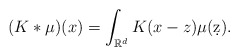
\begin{align*}(K*\mu)(x) = \int_{\mathbb R^d} K(x-z) \mu(\d z).\end{align*}